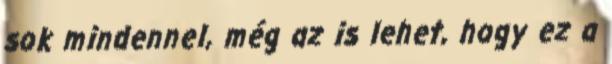
sok mindennel, még az is lehet, hogy ez a